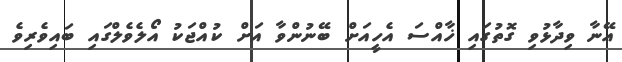
އޭނާ ވިދާޅުވި ގޮތުގައި ޚާއްސަ އެހީއަށް ބޭނުންވާ އަށް ކުއްޖަކު އޯލެވެލްގައި ބައިވެރިވެ